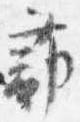
蔀